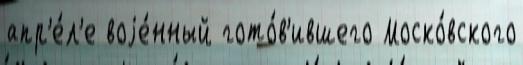
апр'е́л'е воjе́нный гото́в'ившего Моско́вского